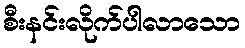
စီးနင်းလိုက်ပါလာသော